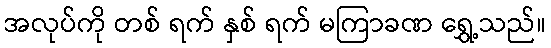
အလုပ်ကို တစ် ရက် နှစ် ရက် မကြာခဏ ရွှေ့သည်။